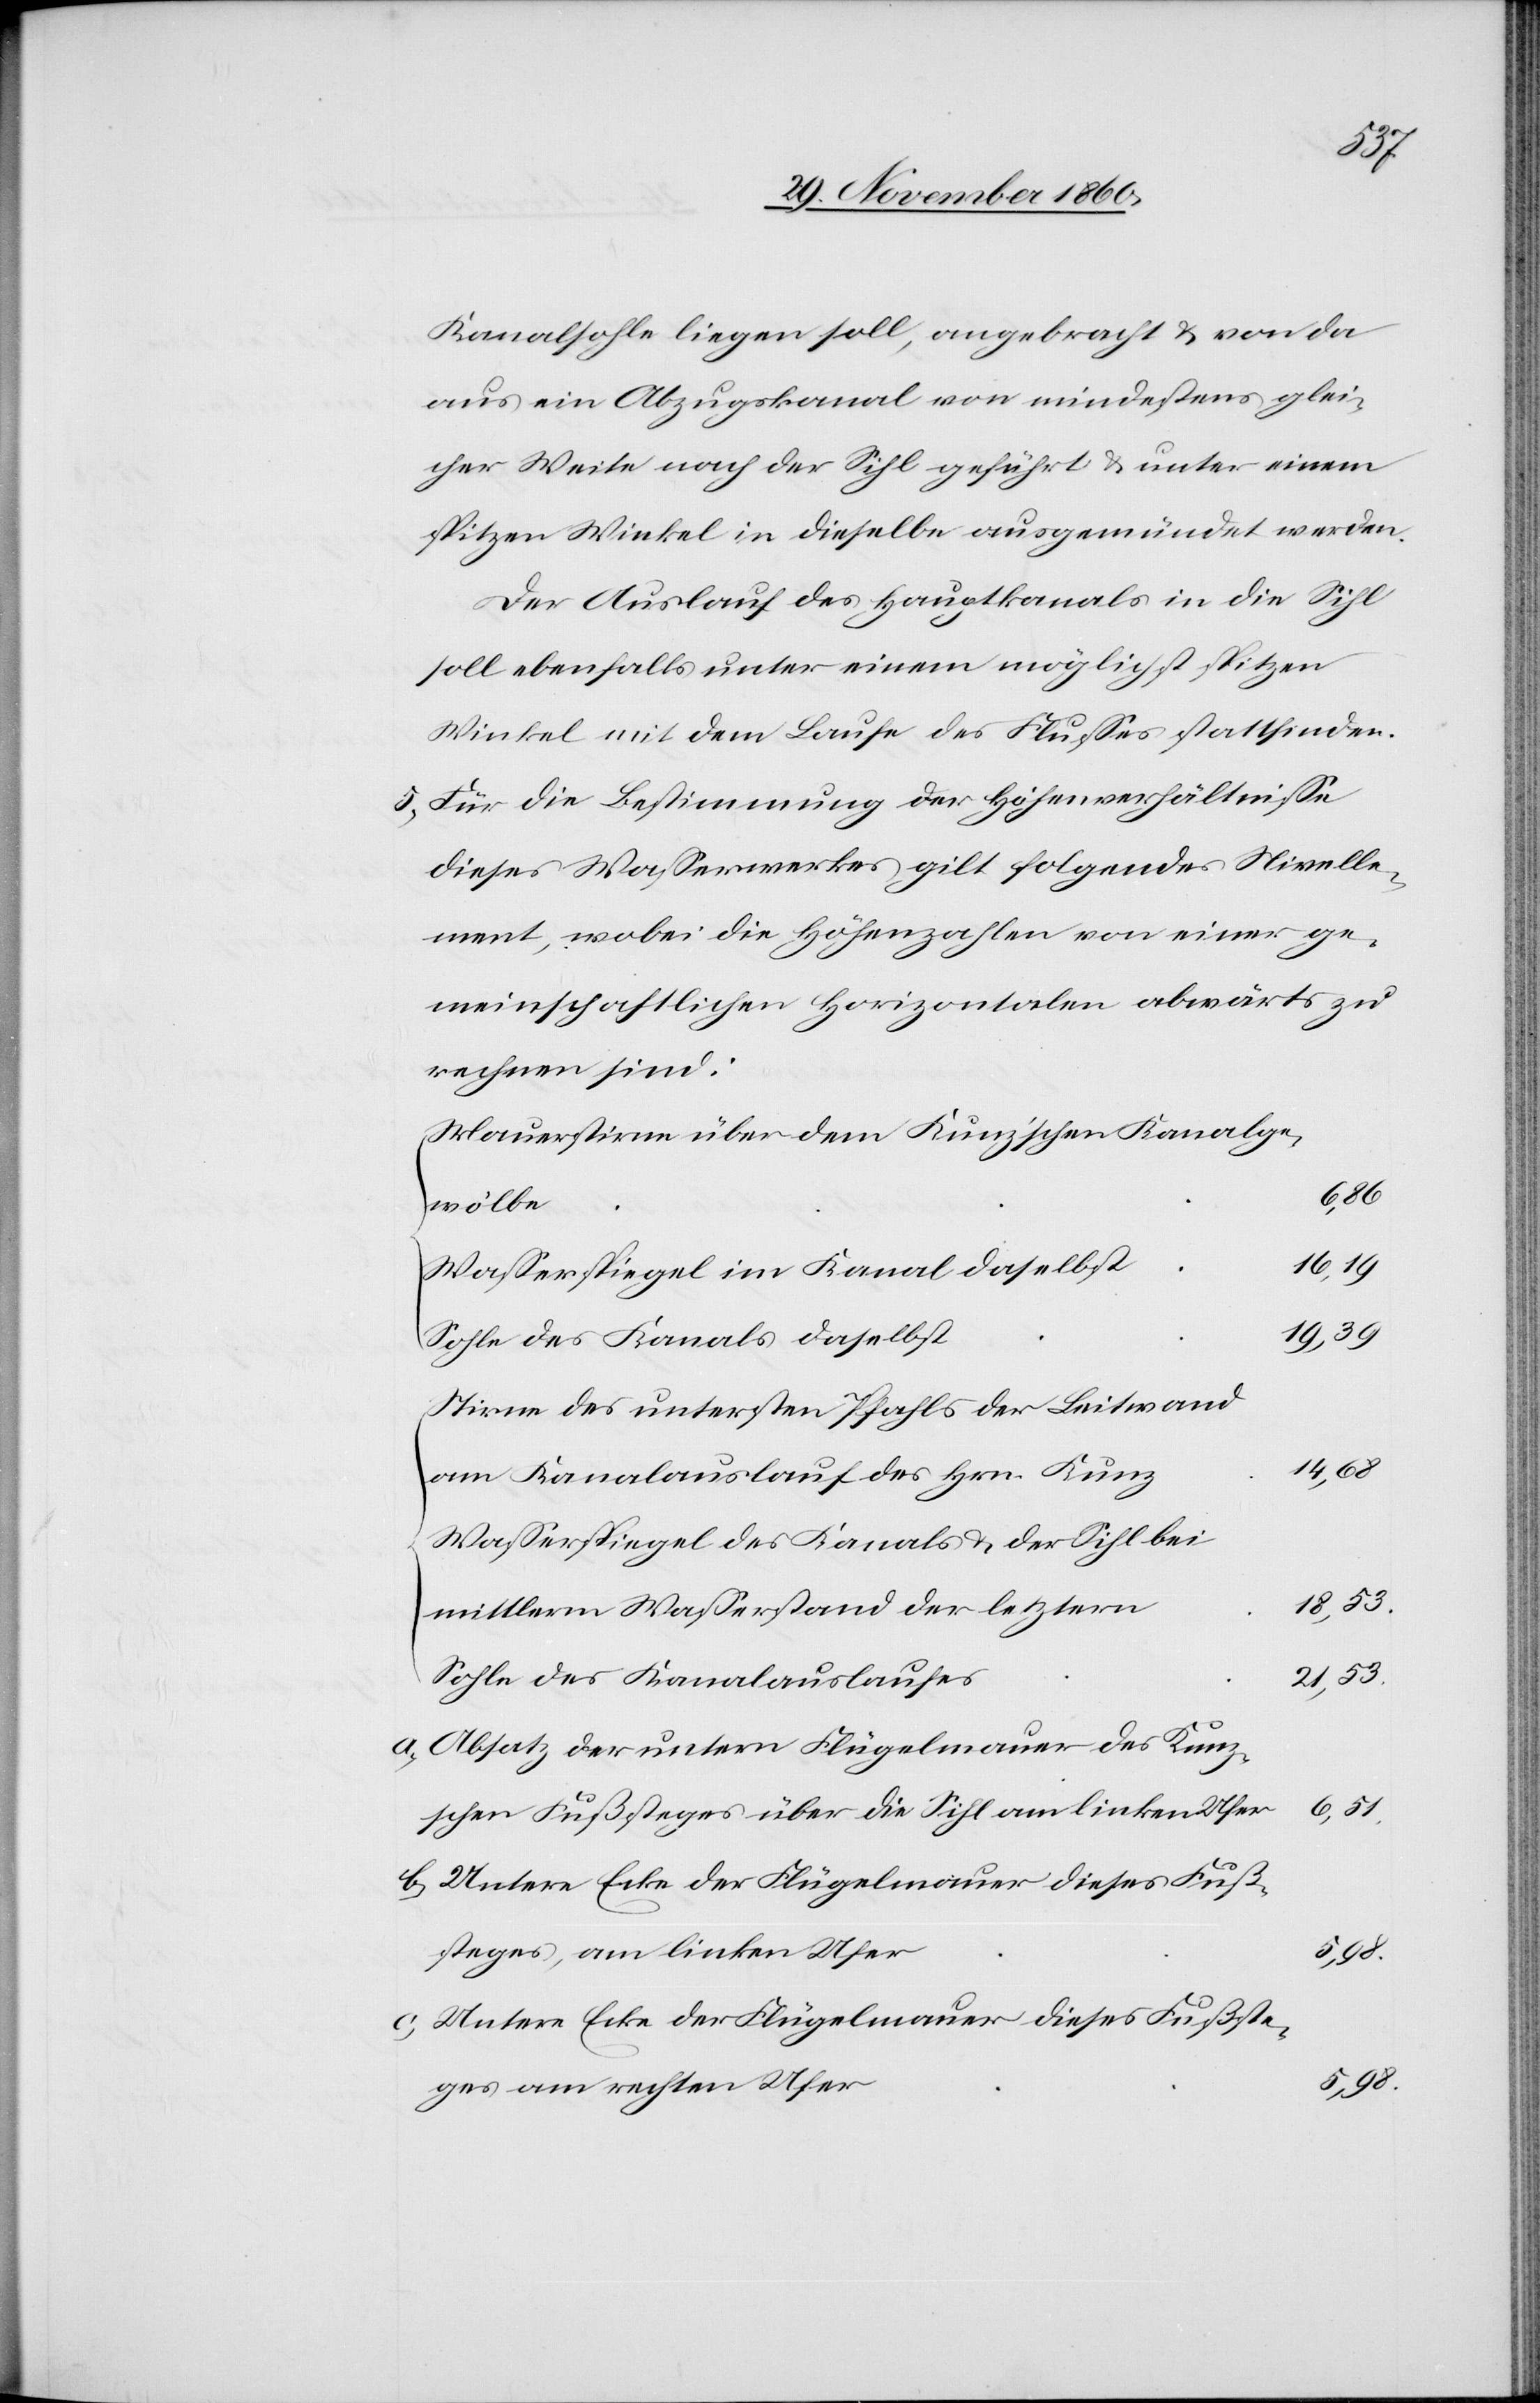
Kanalsohle liegen soll, angebracht u. von da
aus ein Abzugskanal von mindestens glei¬
cher Weite nach der Sihl geführt u. unter einem
spitzen Winkel in dieselbe ausgemündet werden.
Der Auslauf des Hauptkanals in die Sihl
soll ebenfalls unter einem möglichst spitzen
Winkel mit dem Laufe des Flußes stattfinden.
5. Für die Bestimmung der Höhenverhältnisse
dieses Wasserwerkes gilt folgendes Nivelle¬
ment, wobei die Höhenzahlen von einer ge¬
meinschaftlichen Horizontalen abwärts zu
rechnen sind:
Mauerstirne über dem Kunzischen Kanalge¬
6,86
wölbe
Wasserspiegel im Kanal daselbst
19,39
Sohle des Kanals daselbst
Stirne des untersten Pfahls der Leitwand
14,68
am Kanalauslauf des Hrn. Kunz
Wasserspiegel des Kanals u. der Sihl bei
18,53
mittlerm Wasserstand der letztern
21,53
Sohle des Kanalauslaufes
a. Absatz der untern Flügelmauer des Kunz¬
schen Fußsteges über die Sihl am linken Ufer
b. Untere Ecke der Flügelmauer dieses Fuß¬
steges, am linken Ufer
5,98
c. Untere Ecke der Flügelmauer dieses Fußste¬
ges am rechten Ufer